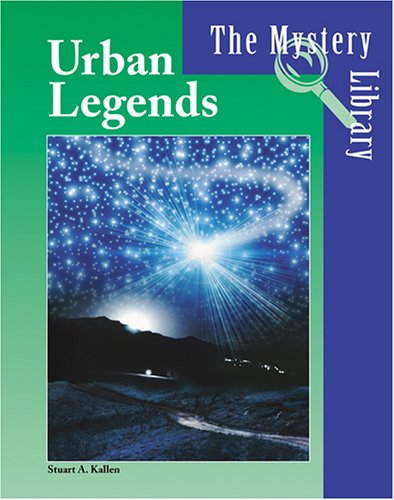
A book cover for The Mystery Library - Urban Legends; Stuart Kallen; Humor & Entertainment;